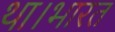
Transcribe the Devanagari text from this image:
था।भारत